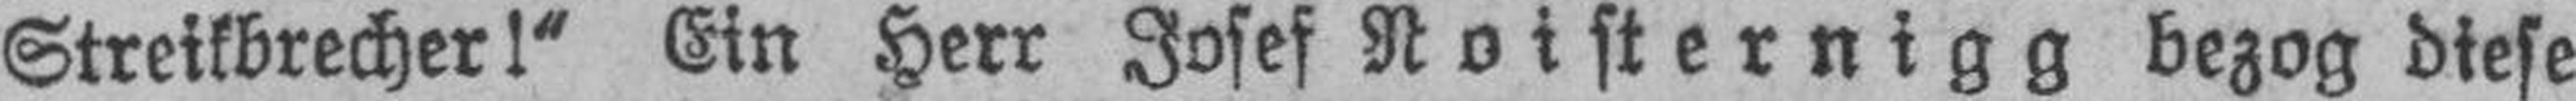
Streikbrecher!“ Ein Herr Josef Noisternigg bezog diese